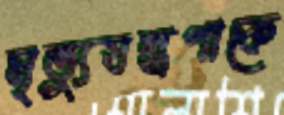
মৃত্যুযন্ত্রণাকে